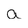
Character: a